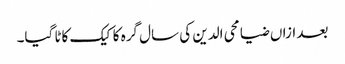
بعد ازاں ضیا محی الدین کی سال گرہ کا کیک کاٹا گیا۔